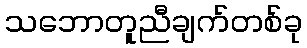
သဘောတူညီချက်တစ်ခု